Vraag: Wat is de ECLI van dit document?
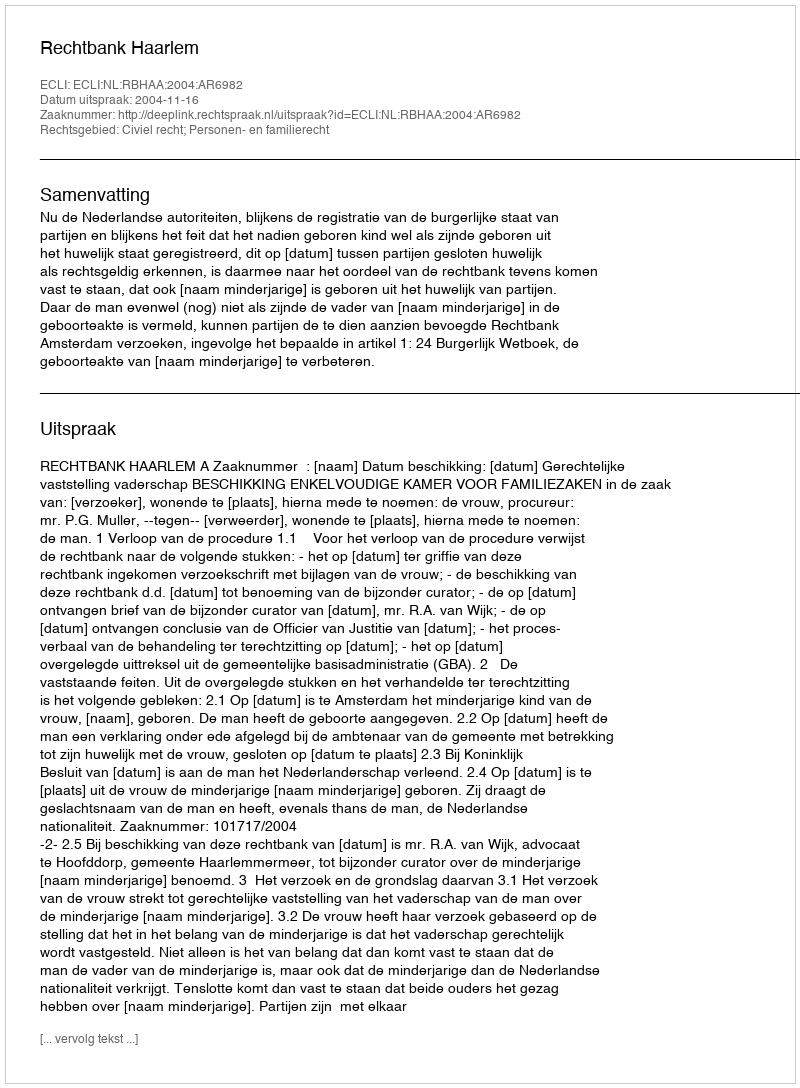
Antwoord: ECLI:NL:RBHAA:2004:AR6982